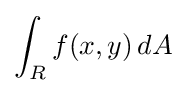
\int _{R}f(x,y)\,dA